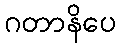
ဂတာနိပေ